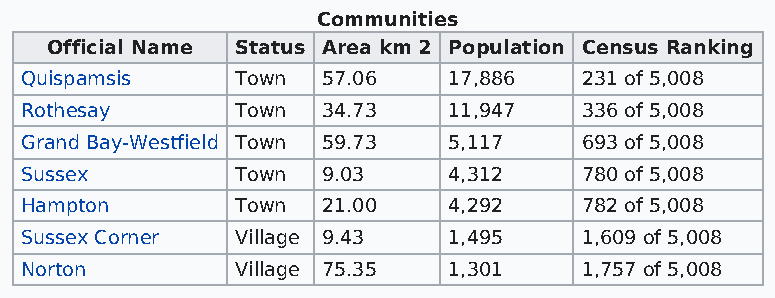
Communities
 Official Name Status Area km 2 Population Census Ranking
 Quispamsis     Town 57.06    17,886   231 of 5,008
 Rothesay       Town 34.73    11,947   336 of 5,008
 Grand Bay-Westfield Town 59.73 5,117  693 of 5,008
 Sussex         Town 9.03     4,312    780 of 5,008
 Hampton        Town 21.00    4,292    782 of 5,008
 Sussex Corner  Village 9.43  1,495    1,609 of 5,008
 Norton         Village 75.35 1,301    1,757 of 5,008